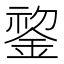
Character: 𬫧